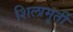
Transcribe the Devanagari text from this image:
शिलामृर्ती